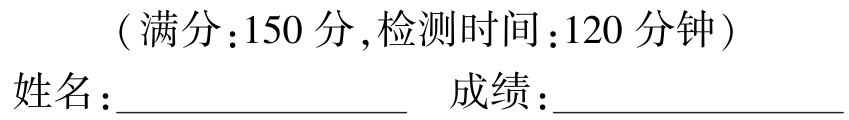
（满分：150 分，检测时间：120 分钟）
姓名：______________  成绩：______________